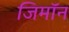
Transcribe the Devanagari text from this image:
जिमाॅन